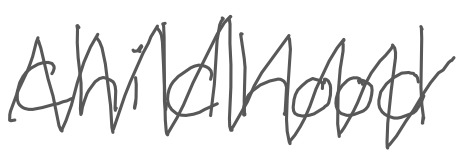
Text: childhood
Cross-out: zig-zag
Writing tool: digital_gray